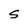
Character: S